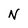
Character: v